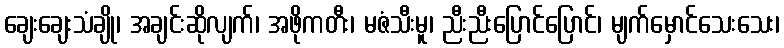
ချေးချေးသံချို၊ အချင်းဆိုလျက်၊ အဖိုကတီး၊ မဇံသီးမူ၊ ညီးညီးပြောင်ပြောင်၊ မျက်မှောင်သေးသေး၊